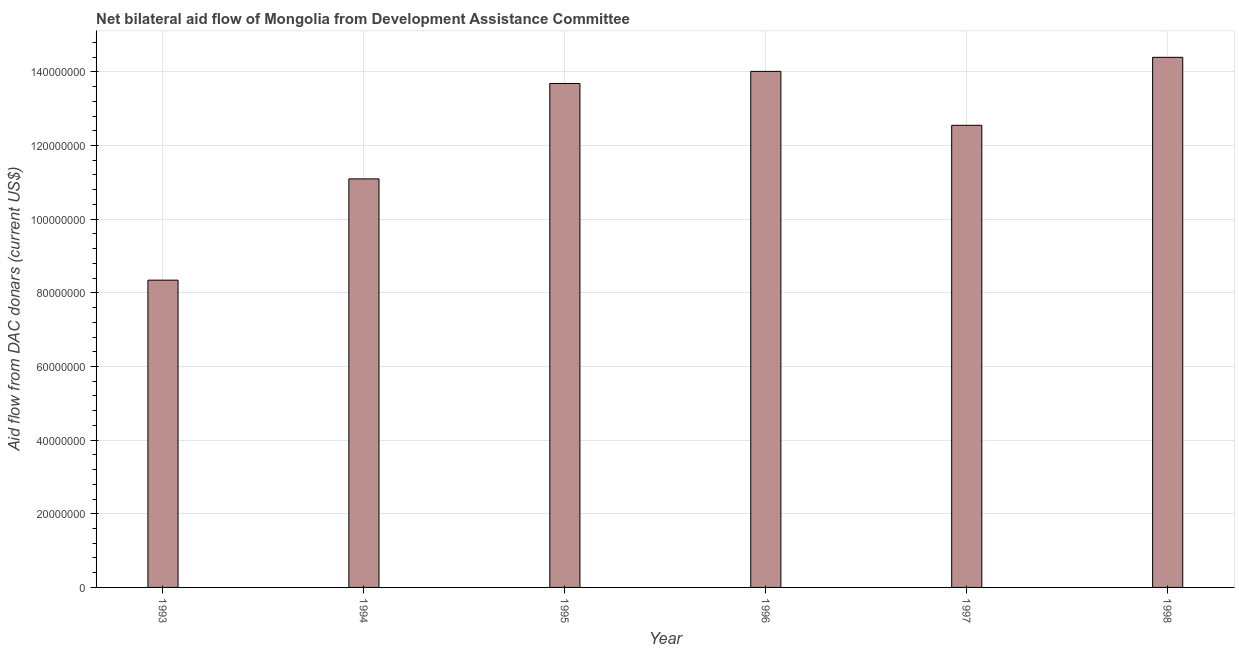
| Year | Net bilateral aid flows from DAC donors |
 | --- | --- |
 | 1993 | 8.34e+07 |
 | 1994 | 1.11e+08 |
 | 1995 | 1.37e+08 |
 | 1996 | 1.4e+08 |
 | 1997 | 1.25e+08 |
 | 1998 | 1.44e+08 |